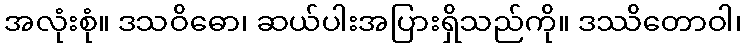
အလုံးစုံ။ ဒသဝိဓော၊ ဆယ်ပါးအပြားရှိသည်ကို။ ဒဿိတောဝါ၊